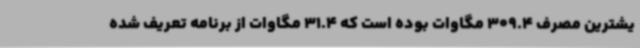
یشترین مصرف 309.4 مگاوات بوده است که 31.4 مگاوات از برنامه تعریف شده